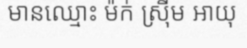
មានឈ្មោះ ម៉ក់ ស្រ៊ីម អាយុ